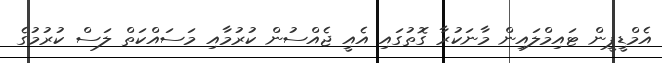
އެމްޑީޕީން ޓައިމްލައިން މާނަކުރާ ގޮތުގައި އެއީ ޖެއްސުން ކުރުމާއި މަސައްކަތް ލަސް ކުރުމުގެ